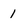
Character: I